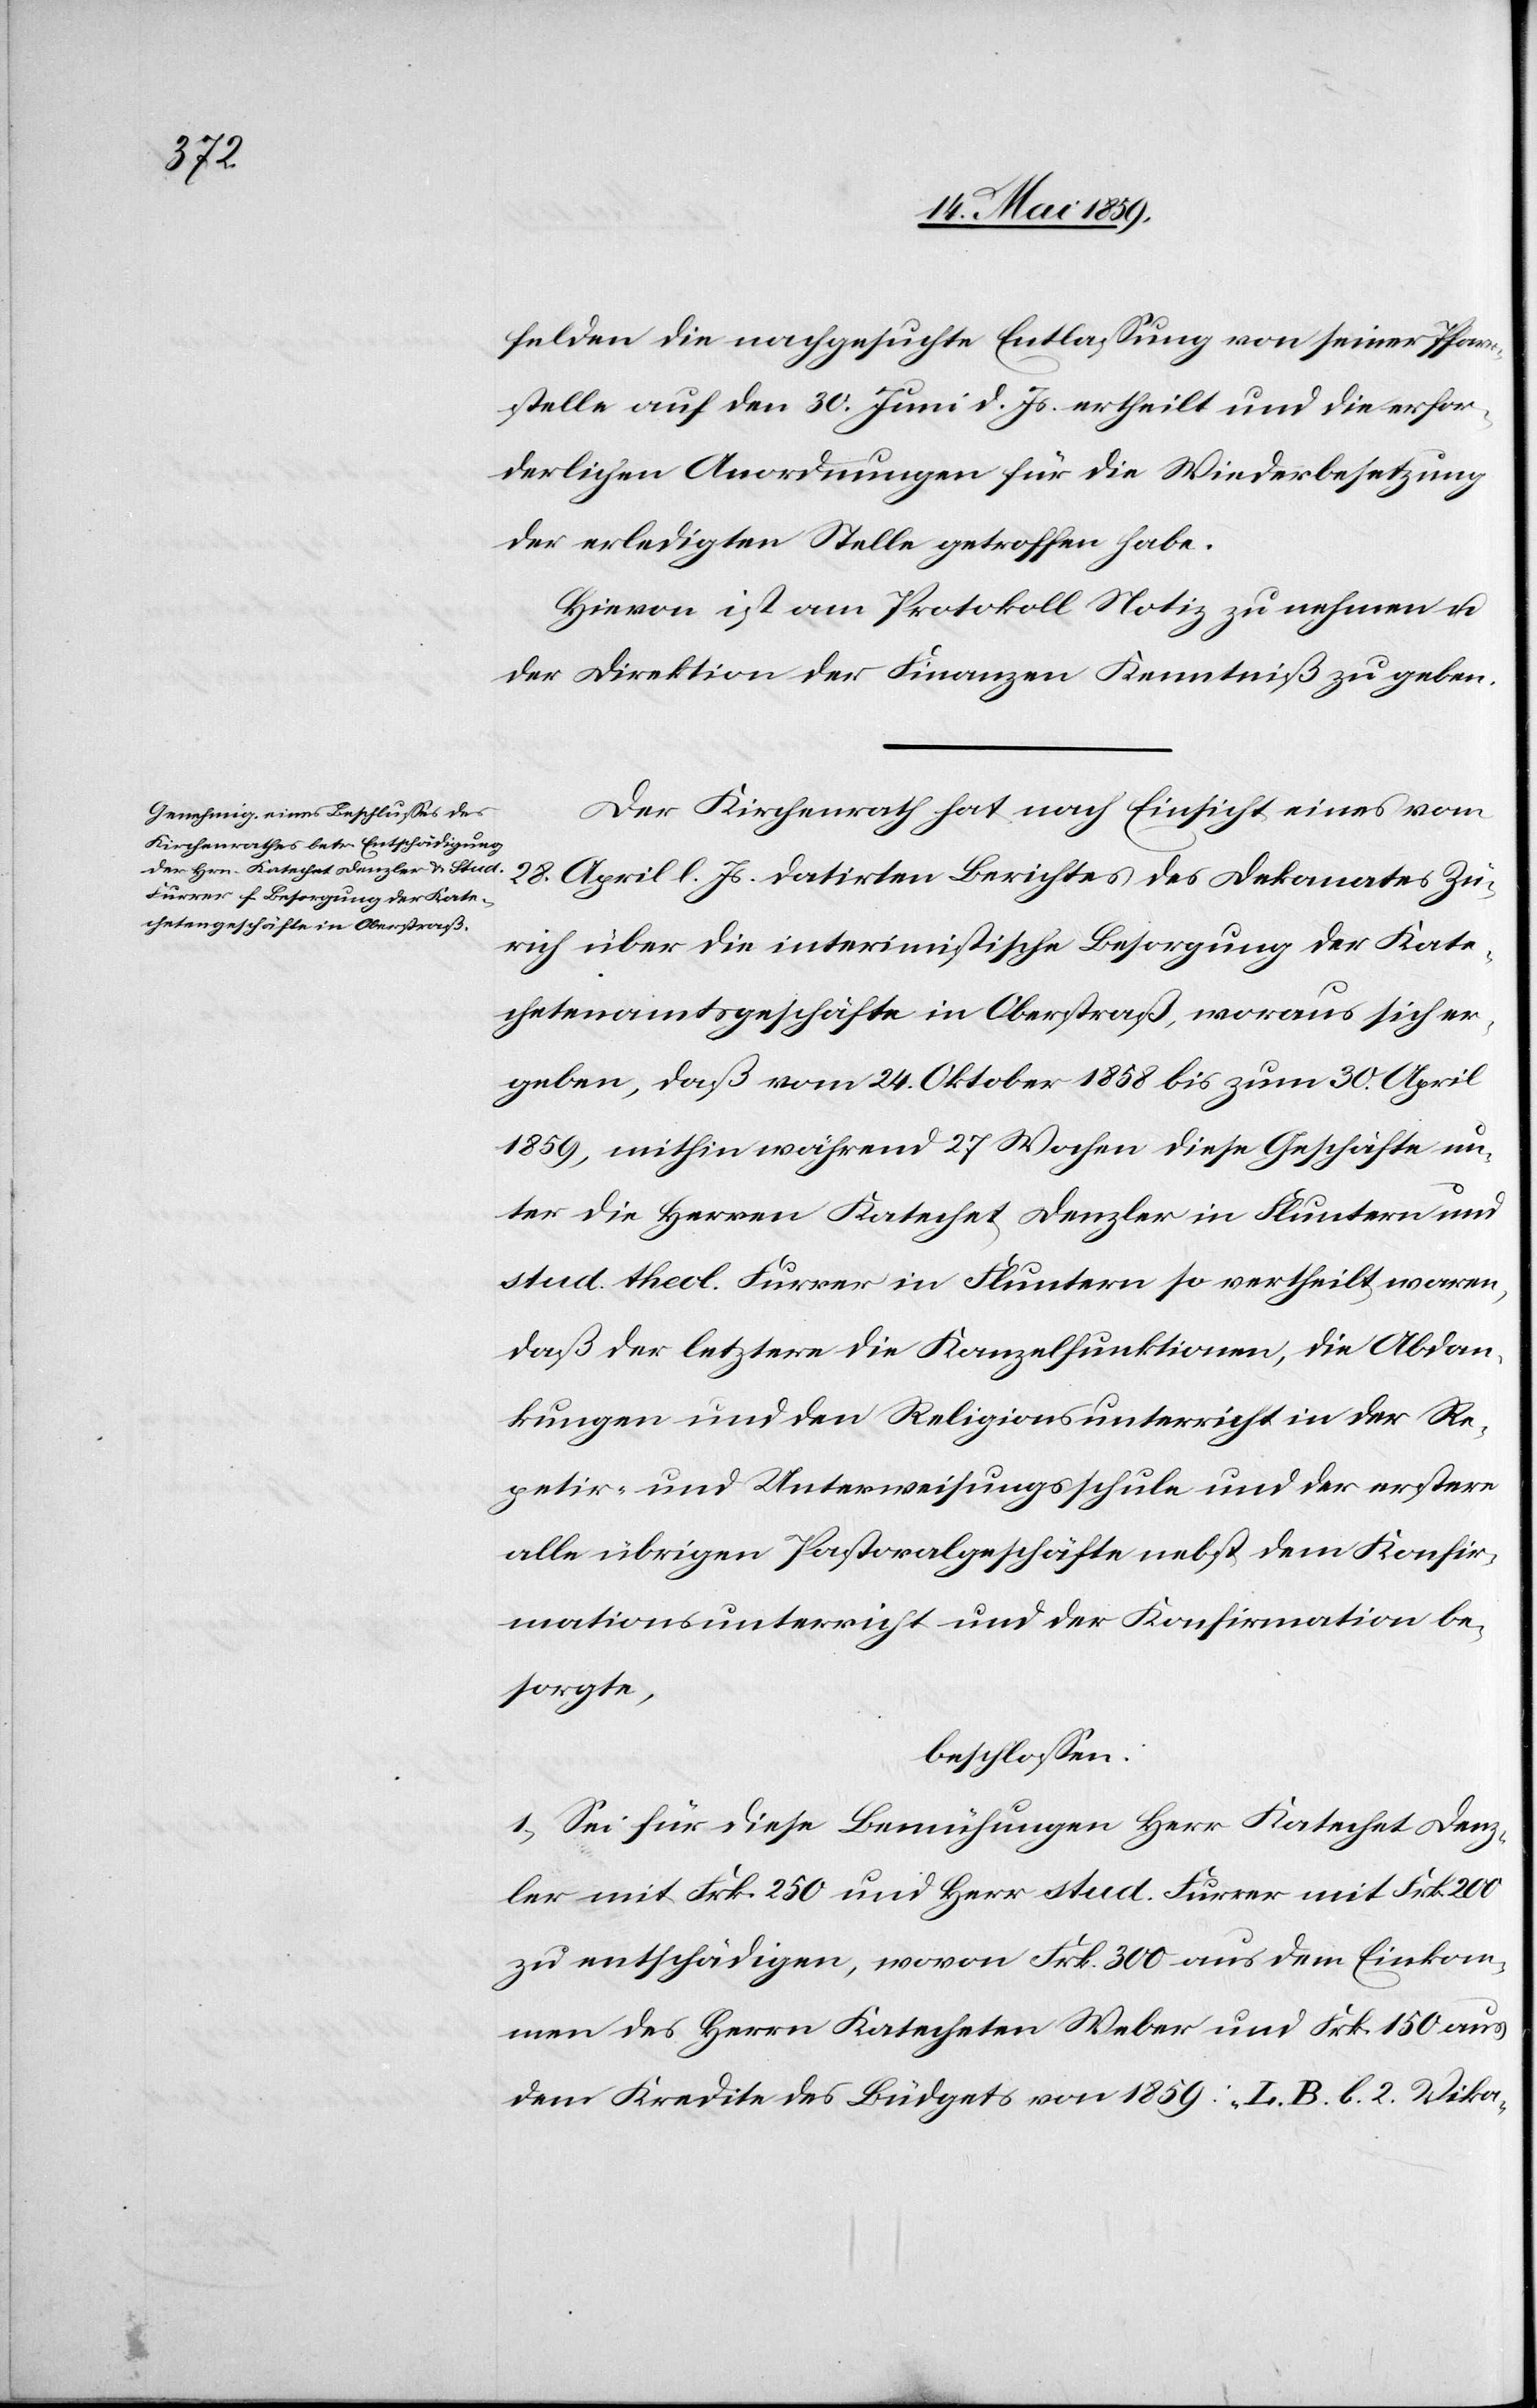
felden die nachgesuchte Entlaßung von seiner Pfarr¬
stelle auf den 30. Juni d. Js. ertheilt und die erfor¬
derlichen Anordnungen für die Wiederbesetzung
der erledigten Stelle getroffen habe.
Hievon ist am Protokoll Notiz zu nehmen u.
der Direktion der Finanzen Kenntniß zu geben.
Der Kirchenrath hat nach Einsicht eines vom
28. April l. Js. datirten Berichtes des Dekanates Zü¬
rich über die interimistische Besorgung der Kate¬
chetenamtsgeschäfte in Oberstraß, woraus sich er¬
geben, daß vom 24. Oktober 1858 bis zum 30. April
1859, mithin während 27 Wochen diese Geschäfte un¬
ter die Herren Katechet Denzler in Fluntern und
stud. theol. Furrer in Fluntern so vertheilt, waren,
daß der letztere die Kanzelfunktionen, die Abdan¬
kungen und den Religionsunterricht in der Re¬
petir- und Unterweisungsschule und der erstere
alle übrigen Pastoralgeschäfte nebst dem Konfir¬
mationsunterricht und der Konfirmation be¬
sorgte,
beschloßen:
1) Sei für diese Bemühungen Herr Katechet Denz¬
ler mit Frk. 250 und Herr stud. Furrer mit Frk. 200
zu entschädigen, wovon Frk. 300 aus dem Einkom¬
men des Herrn Katecheten Weber und Frk. 150 aus
dem Kredite des Büdgets von 1859: „L. B. b. 2. Vika-